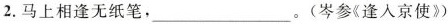
2.马上相逢无纸笔，___。(岑参《逢入京使》)